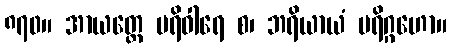
၈၇၀။ အာယတ္တေ ပရိဝါရေ စ၊ ဘရိယာယံ ပရိဂ္ဂဟော။